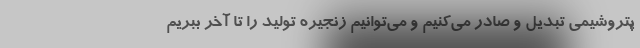
پتروشیمی تبدیل و صادر می‌کنیم و می‌توانیم زنجیره تولید را تا آخر ببریم